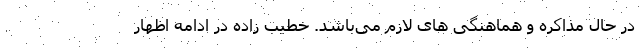
در حال مذاکره و هماهنگی های لازم می‌باشد. خطیب زاده در ادامه اظهار